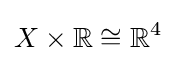
X\times \mathbb {R} \cong \mathbb {R} ^{4}